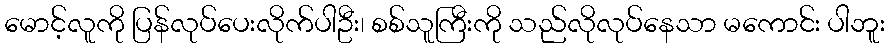
မောင့်လူကို ပြန်လုပ်ပေးလိုက်ပါဦး၊ စစ်သူကြီးကို သည်လိုလုပ်နေသာ မကောင်း ပါဘူး